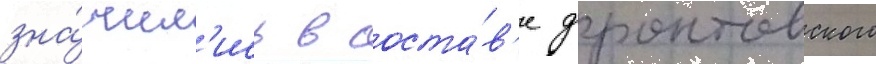
зна́чил'ись в соста́в'е фронтовского